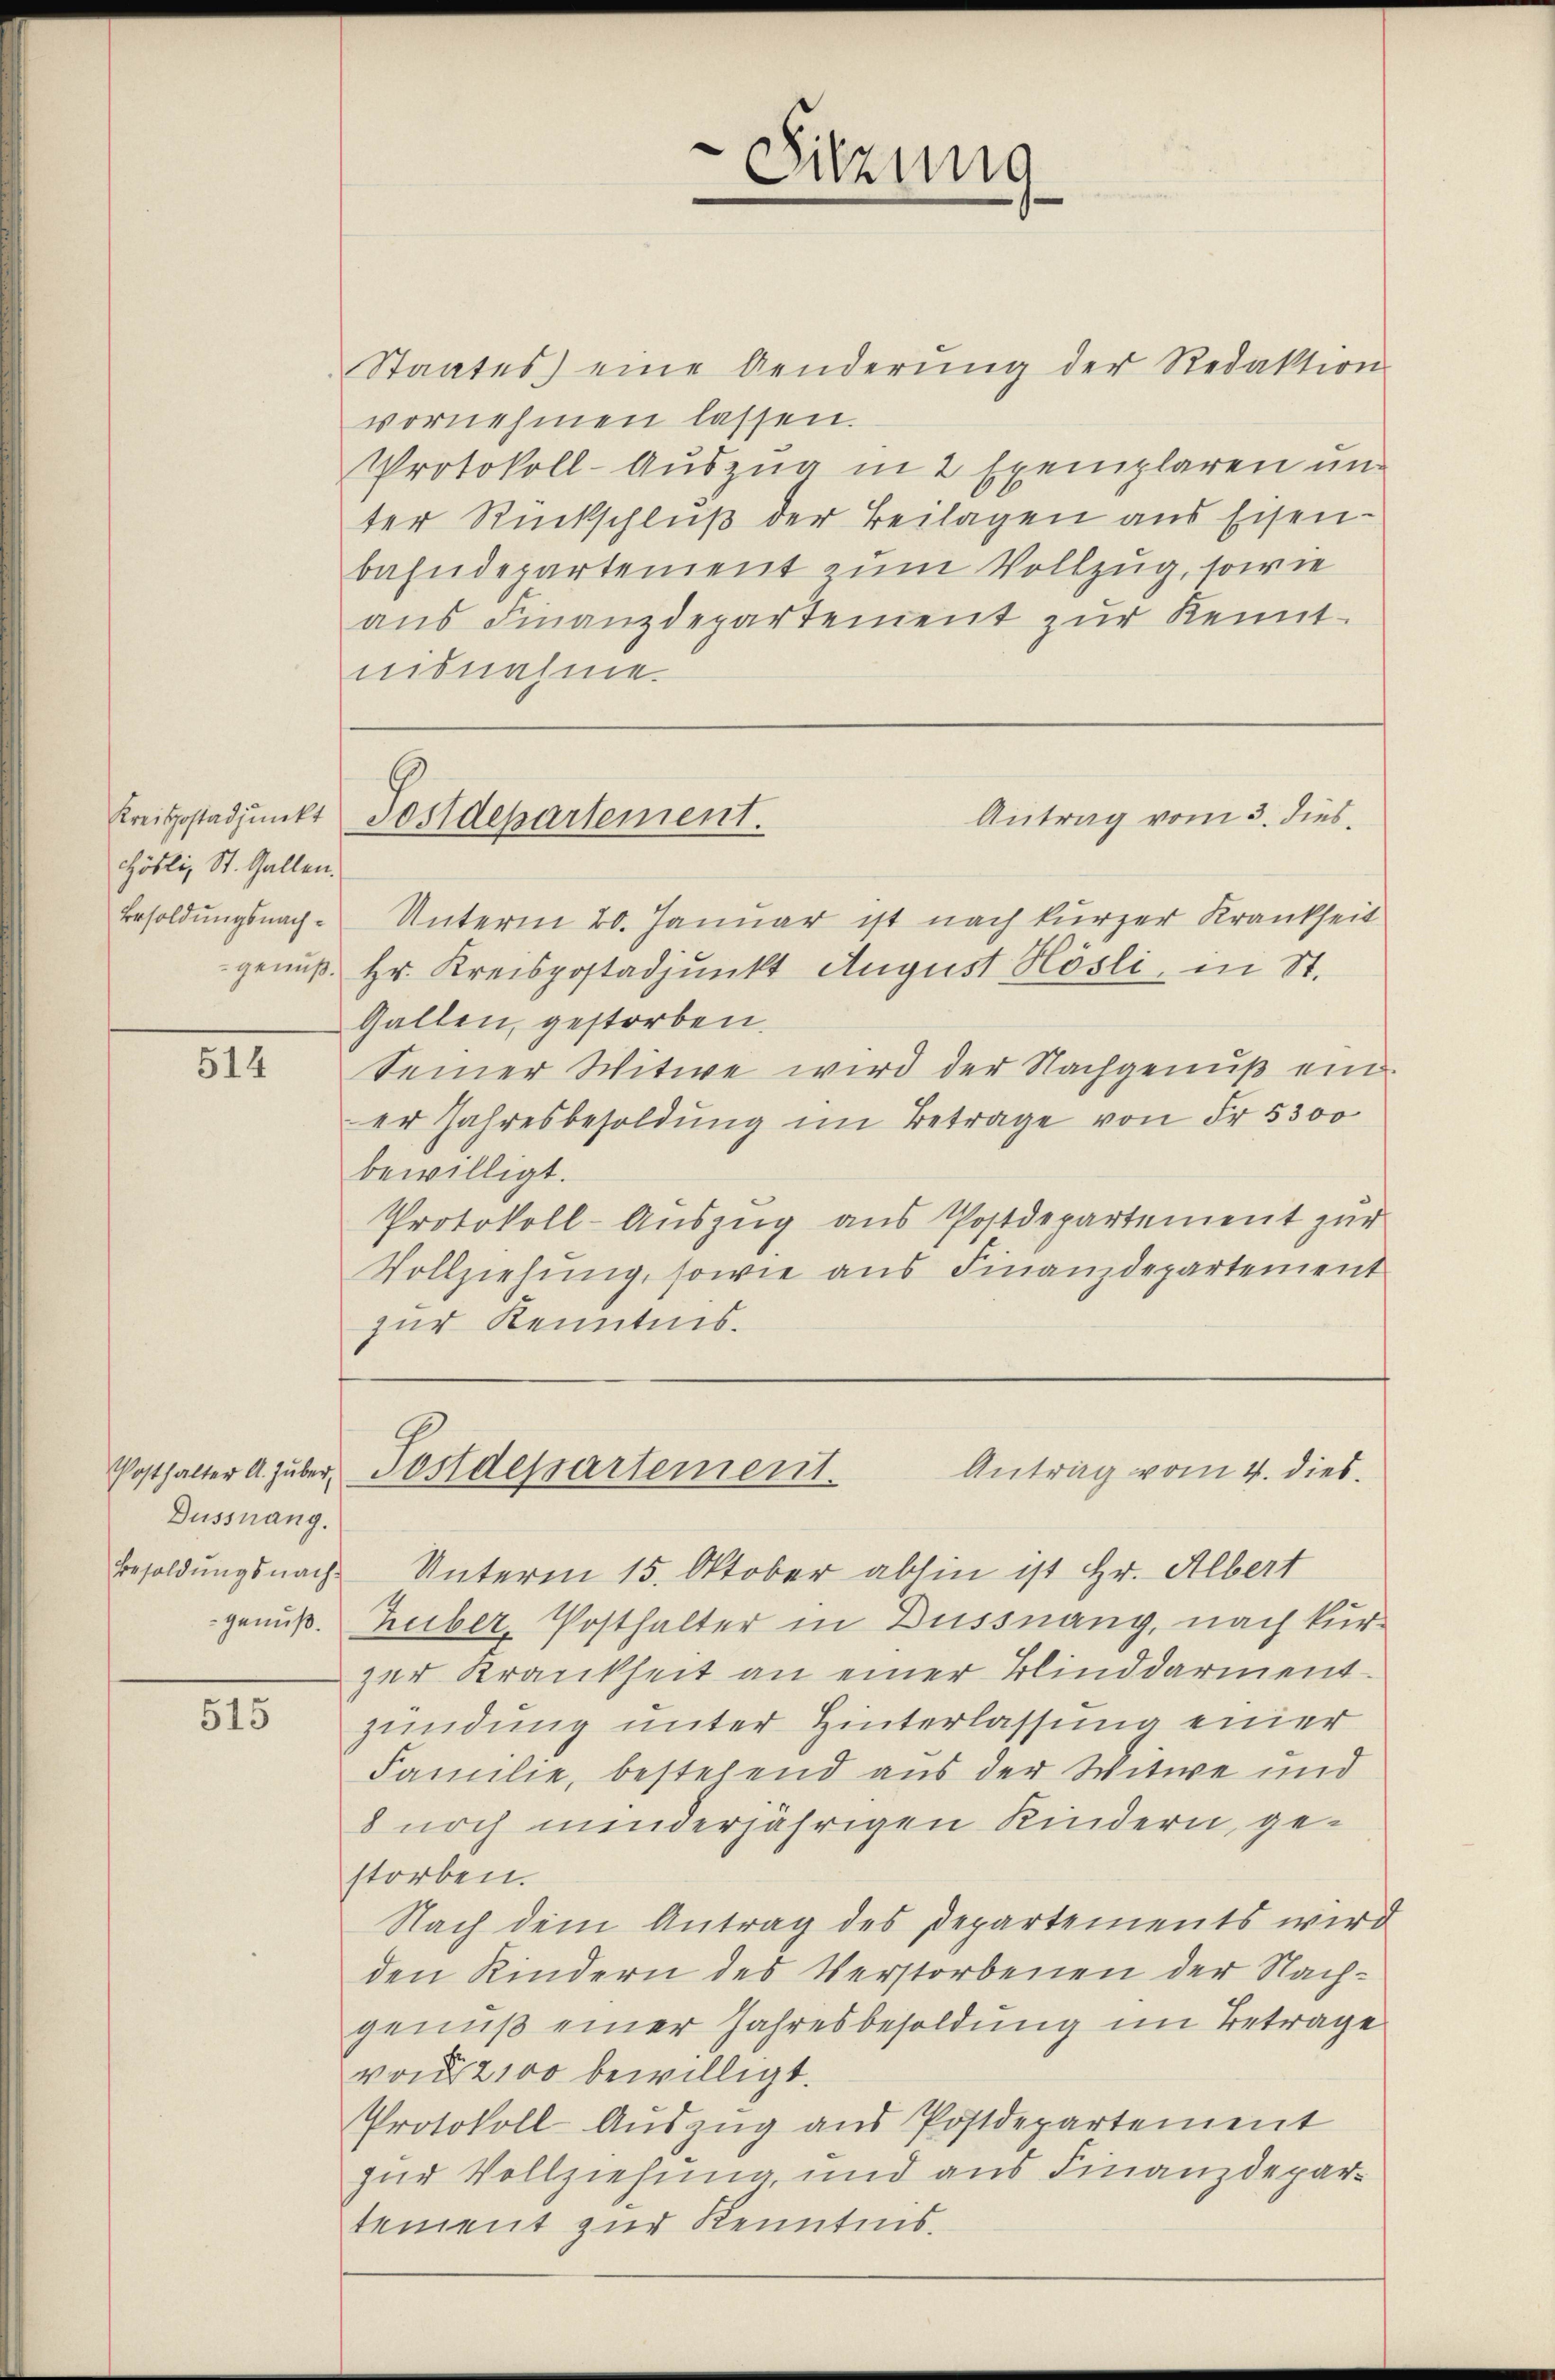
Kreispostadjunkt
Höbli, St. Gallen.
Besoldungsnach¬

514

Dussnang.

515

Staates) eine Aenderŭng der Redaktion
vornehmen lassen.
Protokoll-Auszug in 2 Exemplaren un
ter Rückschluß der Beilagen aus Eisen-
bahndepartement zum Vollzug, sowie
aŭs Finanzdepartement zŭr Kennt-
nisnahme.

Sitzung
e

Postdepartement.

Antrag vom 4. dies
Posthalter A. Huber, Postdessartement.

Antrag vom 3. dies
Unterm 20. Januar ist nach kurzer Krankheit
genuß. Hr. Kreispostadjunkt August Hösli, in St.
Gallen, gestorben.
Seiner Witwe wird der Nachgenuß ein
er Jahresbesoldung im Betrage von Fr. 5300
bewilligt.
Protokoll-Auszug aus Postdepartement zur
Vollziehung, sowie aus Finanzdepartement
zur Kenntnis.

Besoldungsnach Unterm 15. Oktober abhin ist Hr. Albert
genuß. Heiber, Posthalter in Dussnang, nach kurzer Krankheit an einer Blinddarment
zündung unter Hinterlassung einer
Familie, bestehend aus der Witwe und
8 noch minderjährigen Kindern, gestorben.
Nach dem Antrag des Departements wird
den Kindern des Verstorbenen der Nachgenuß einer Jahresbesoldung im Betrage
von § 2100 bewilligt.
Protokoll-Aŭszŭg ans Postdepartement
zur Vollziehung, und aus Finanzdepartement zur Kenntnis.